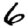
Digit: 6